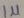
Text: 1µ